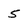
Character: 5